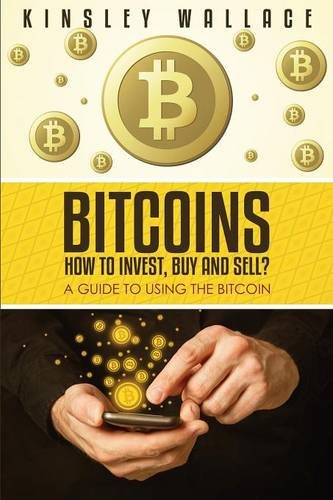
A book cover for Bitcoins: How to Invest, Buy and Sell (Large Print): A Guide to Using the Bitcoin; Kinsley Wallace; Computers & Technology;